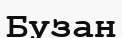
Бузан